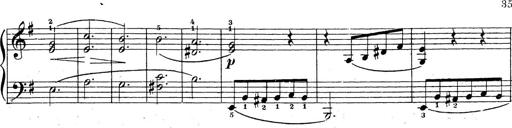
Title: 10 Sonatinas
Composer: Fritz Spindler